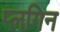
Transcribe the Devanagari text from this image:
प्लगिन